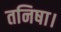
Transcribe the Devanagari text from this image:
तनिषा।